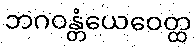
ဘဂဝန္တံယေဝေတ္ထ